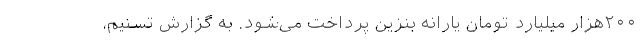
۲۰۰هزار میلیارد تومان یارانه بنزین پرداخت می‌شود. به گزارش تسنیم،